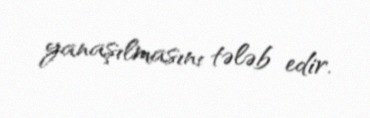
yanaşılmasını tələb edir.